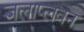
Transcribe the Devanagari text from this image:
जलाप्लवन